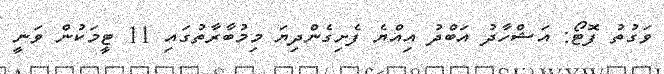
ވަގުތު ފޮޓޯ: އަޝްހާދު އަބްދު އިއްޔެ ފެށިގެންދިޔަ މިމުބާރާތުގައި 11 ޓީމަކުން ވަނީ